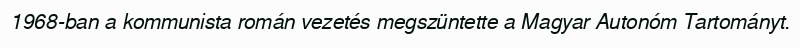
1968-ban a kommunista román vezetés megszüntette a Magyar Autonóm Tartományt.